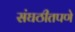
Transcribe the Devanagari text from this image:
संघठीतपणे